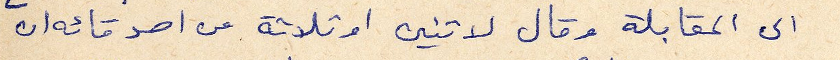
الى المقابلة وقال لاثنين او ثلاثة من اصدقائه ان